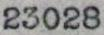
23028